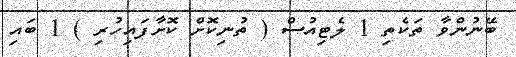
ބޭނުންވާ ތަކެތި 1 ލެޓިއުސް ( ތުނިކޮށް ކޮށާފައިހުރި ) 1 ބައި